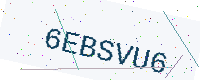
Text: 6EBSVU6